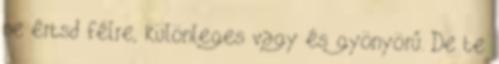
ne értsd félre, különleges vagy és gyönyörű. De te